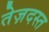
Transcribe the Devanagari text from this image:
तेज़दस्त